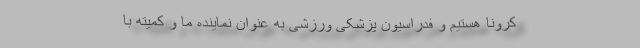
کرونا هستیم و فدراسیون پزشکی ورزشی به عنوان‌ نماینده ما و کمیته با